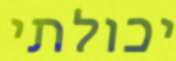
יכולתי